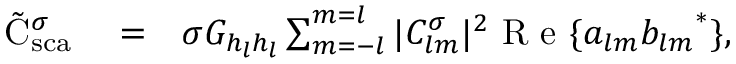
\begin{array} { r l r } { \tilde { \mathrm { { C } } } _ { \mathrm { { s c a } } } ^ { \sigma } } & { { } = } & { \sigma G _ { h _ { l } h _ { l } } \sum _ { m = - l } ^ { m = l } | C _ { l m } ^ { \sigma } | ^ { 2 } \mathrm { ~ R ~ e ~ } \{ a _ { l m } { b _ { l m } } ^ { * } \} , } \end{array}